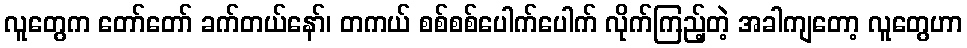
လူတွေက တော်တော် ခက်တယ်နော်၊ တကယ် စစ်စစ်ပေါက်ပေါက် လိုက်ကြည့်တဲ့ အခါကျတော့ လူတွေဟာ